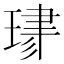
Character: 𤦯